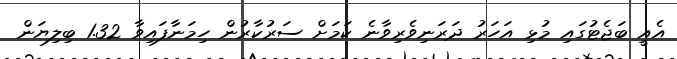
އެއީ ބަޖެޓުގައި މުޅި އަހަރު ދަރަނިވެރިވާނެ ކަމަށް ސަރުކާރުން ހިމަނާފައިވާ 1.32 ބިލިޔަން